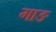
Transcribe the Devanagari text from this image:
गाङ